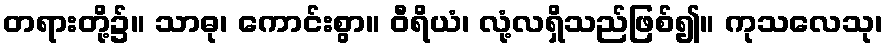
တရားတို့၌။ သာဓု၊ ကောင်းစွာ။ ဝီရိယံ၊ လုံ့လရှိသည်ဖြစ်၍။ ကုသလေသု၊